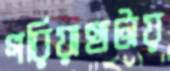
গরিয়াহাটায়